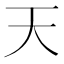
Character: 天